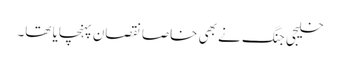
خلیجی جنگ نے بھی خاصا نقصان پہنچایا تھا۔